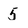
Character: 5